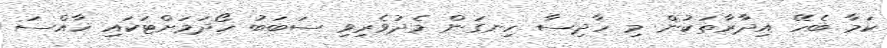
ކަމާ ބެހޭ އިދާރާތަކުން މި ހާދިސާ ހިނގަން މެދުވެރިވި ސަބަބު ހޯދަމަށްޓަކައި ޚާއްސަ